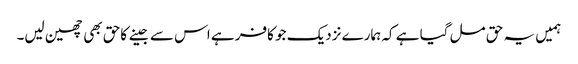
ہمیں یہ حق مل گیا ہے کہ ہمارے نزدیک جو کافر ہے اس سے جینے کاحق بھی چھین لیں۔